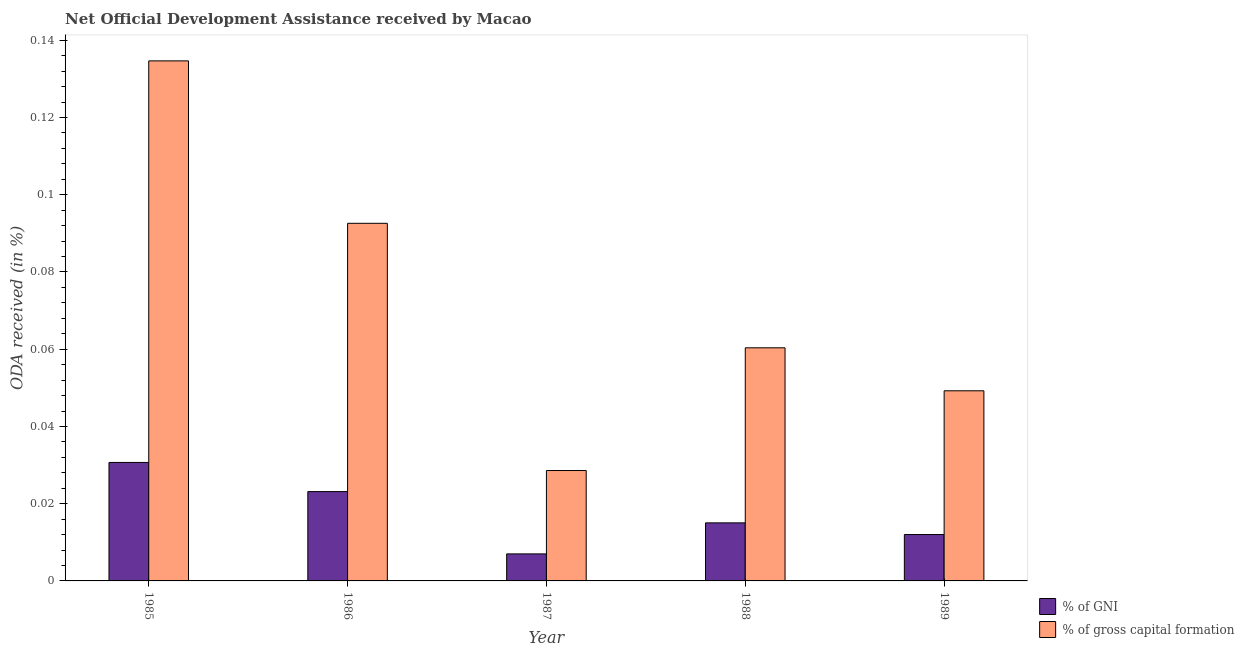
| Year | % of GNI | % of gross capital formation |
 | --- | --- | --- |
 | 1985 | 0.0307 | 0.135 |
 | 1986 | 0.0231 | 0.0926 |
 | 1987 | 0.007 | 0.0286 |
 | 1988 | 0.015 | 0.0604 |
 | 1989 | 0.012 | 0.0492 |